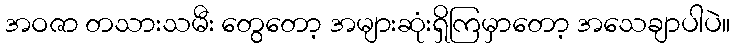
အဝဇာ တသားသမီး တွေတော့ အများဆုံးရှိကြမှာတော့ အသေချာပါပဲ။